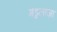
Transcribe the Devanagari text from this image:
मेडुलाज़ा